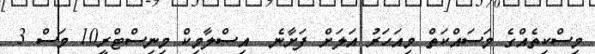
މިސްކިތެއްގެ މަސައްކަތް މިއަހަރު އަލަށް ފަށާނެ  އިސްލާމިކް މިނިސްޓްރީ10 މަސް 3